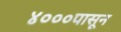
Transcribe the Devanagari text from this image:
४०००पासून